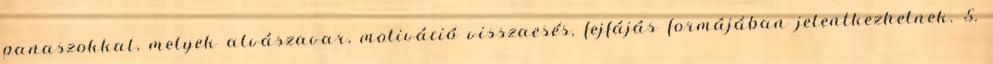
panaszokkal, melyek alvászavar, motiváció visszaesés, fejfájás formájában jelentkezhetnek. 5.